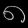
Digit: ၈